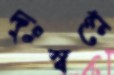
দুঃস্বপ্নে